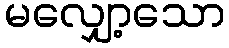
မလျှော့သော